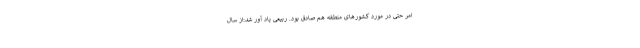
امر حتی در مورد کشورهای منطقه هم صادق بود. ربیعی یاد آور شد:از سال